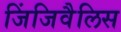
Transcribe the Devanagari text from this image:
जिंजिवैलिस